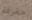
مقرفة